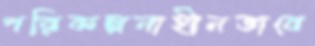
পরিকল্পনাহীনভাবে